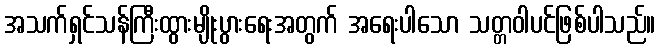
အသက်ရှင်သန်ကြီးထွားမျိုးပွားရေးအတွက် အရေးပါသော သတ္တဝါပင်ဖြစ်ပါသည်။